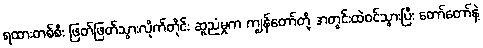
ရထားတစ်စီး ဖြတ်ဖြတ်သွားလိုက်တိုင်း ဆူညံမှုက ကျွန်တော်တို့ အတွင်းထဲဝင်သွားပြီး တော်တော်နဲ့